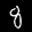
Label: 8